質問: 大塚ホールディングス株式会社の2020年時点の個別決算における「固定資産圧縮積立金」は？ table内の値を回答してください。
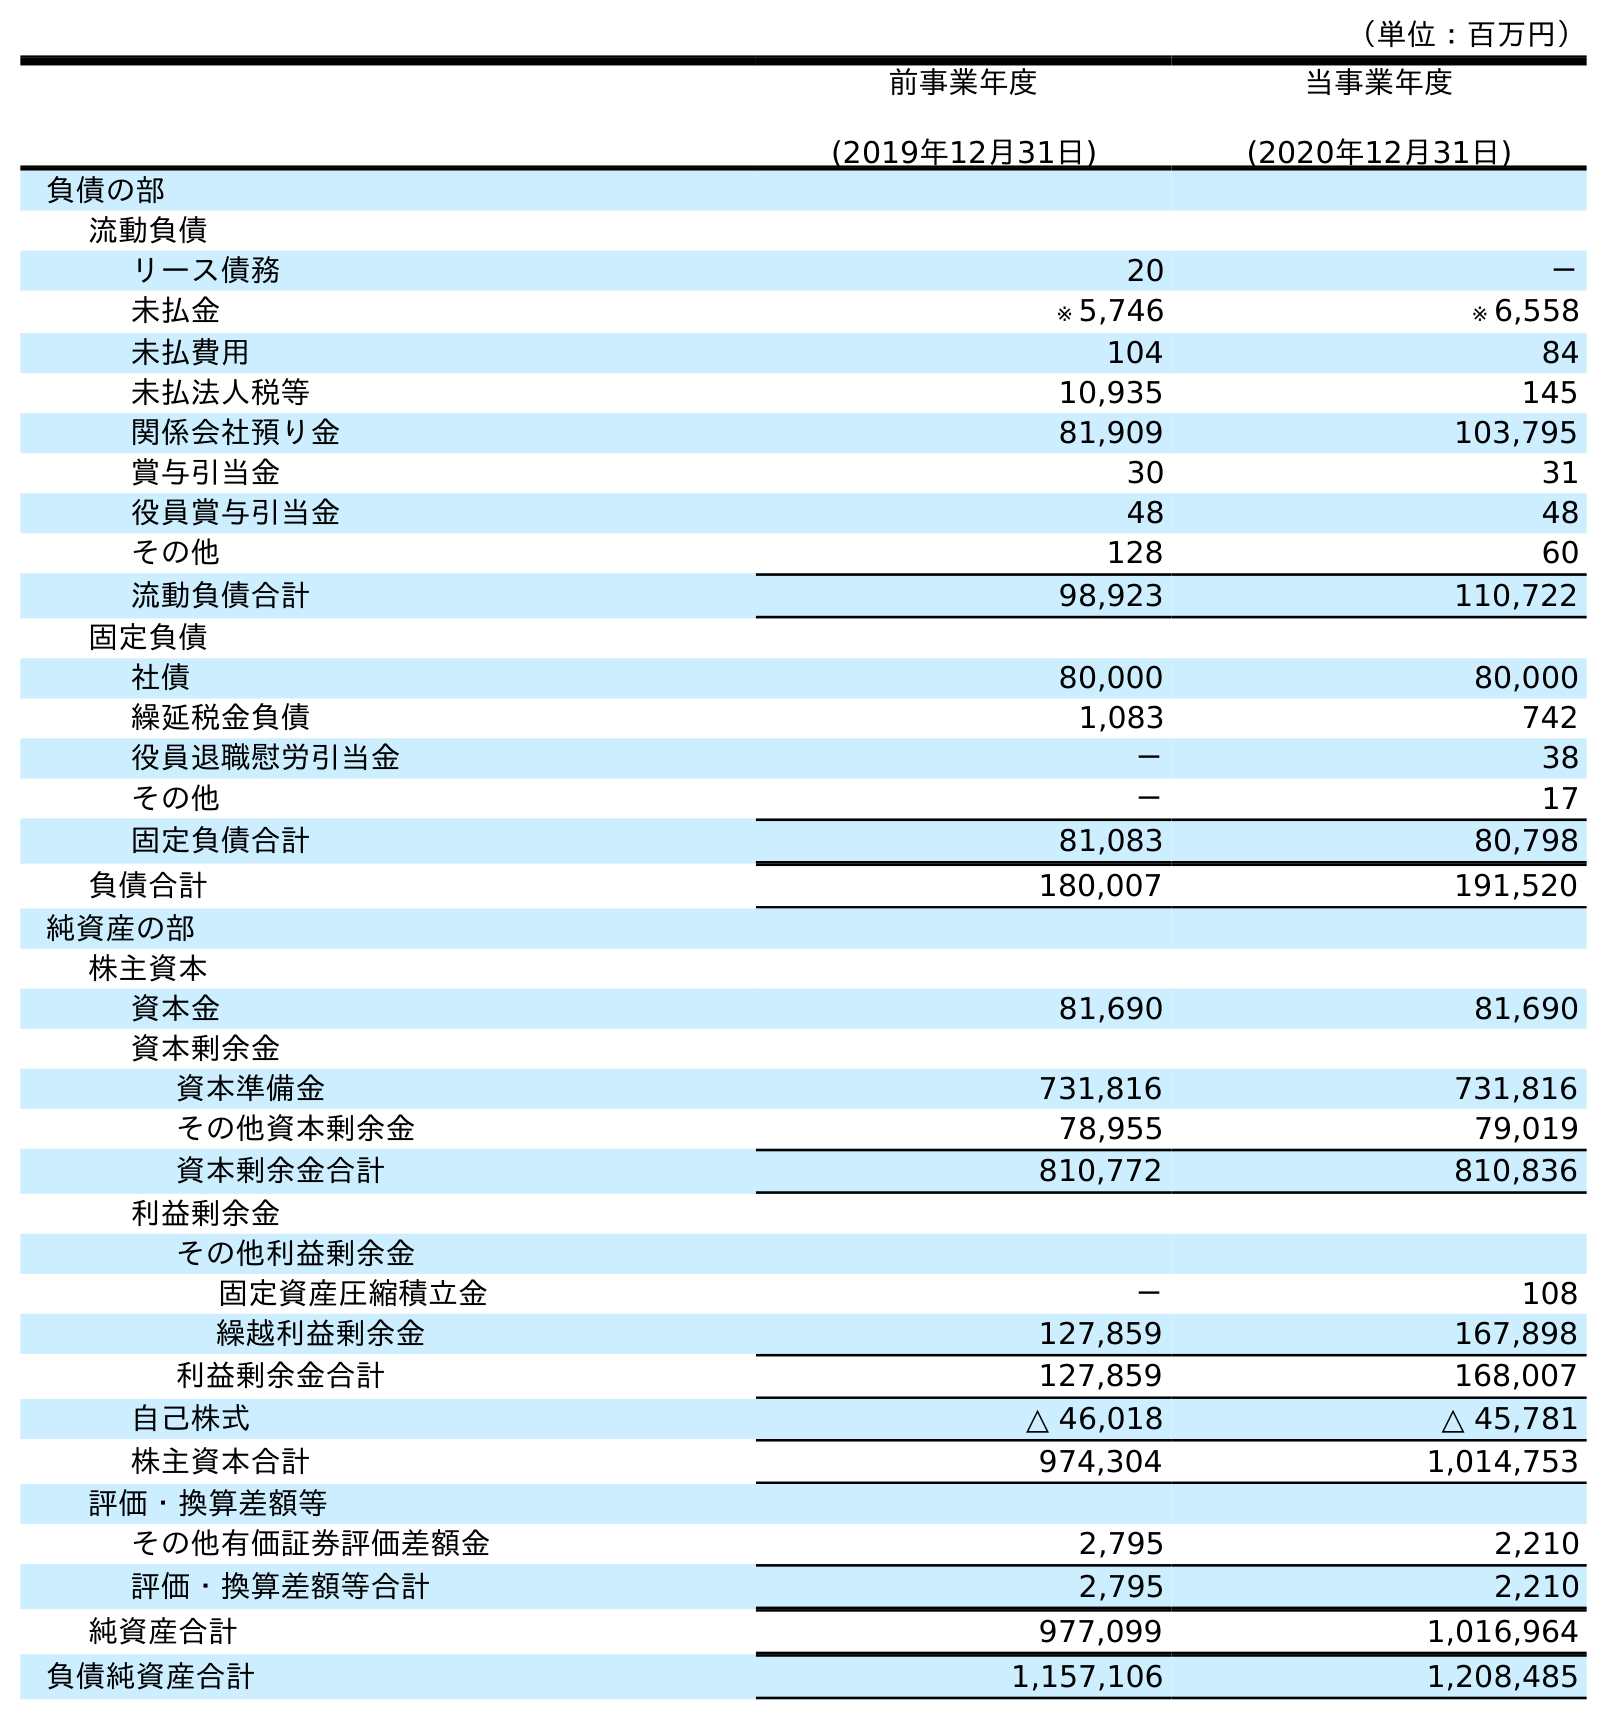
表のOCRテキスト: （単位：百万円） 前事業年度 (2019年12月31日) 当事業年度 (2020年12月31日) 負債の部 流動負債 リース債務 20 － 未払金 ※ 5,746 ※ 6,558 未払費用 104 84 未払法人税等 10,935 145 関係会社預り金 81,909 103,795 賞与引当金 30 31 役員賞与引当金 48 48 その他 128 60 流動負債合計 98,923 110,722 固定負債 社債 80,000 80,000 繰延税金負債 1,083 742 役員退職慰労引当金 － 38 その他 － 17 固定負債合計 81,083 80,798 負債合計 180,007 191,520 純資産の部 株主資本 資本金 81,690 81,690 資本剰余金 資本準備金 731,816 731,816 その他資本剰余金 78,955 79,019 資本剰余金合計 810,772 810,836 利益剰余金 その他利益剰余金 固定資産圧縮積立金 － 108 繰越利益剰余金 127,859 167,898 利益剰余金合計 127,859 168,007 自己株式 △ 46,018 △ 45,781 株主資本合計 974,304 1,014,753 評価・換算差額等 その他有価証券評価差額金 2,795 2,210 評価・換算差額等合計 2,795 2,210 純資産合計 977,099 1,016,964 負債純資産合計 1,157,106 1,208,485
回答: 108